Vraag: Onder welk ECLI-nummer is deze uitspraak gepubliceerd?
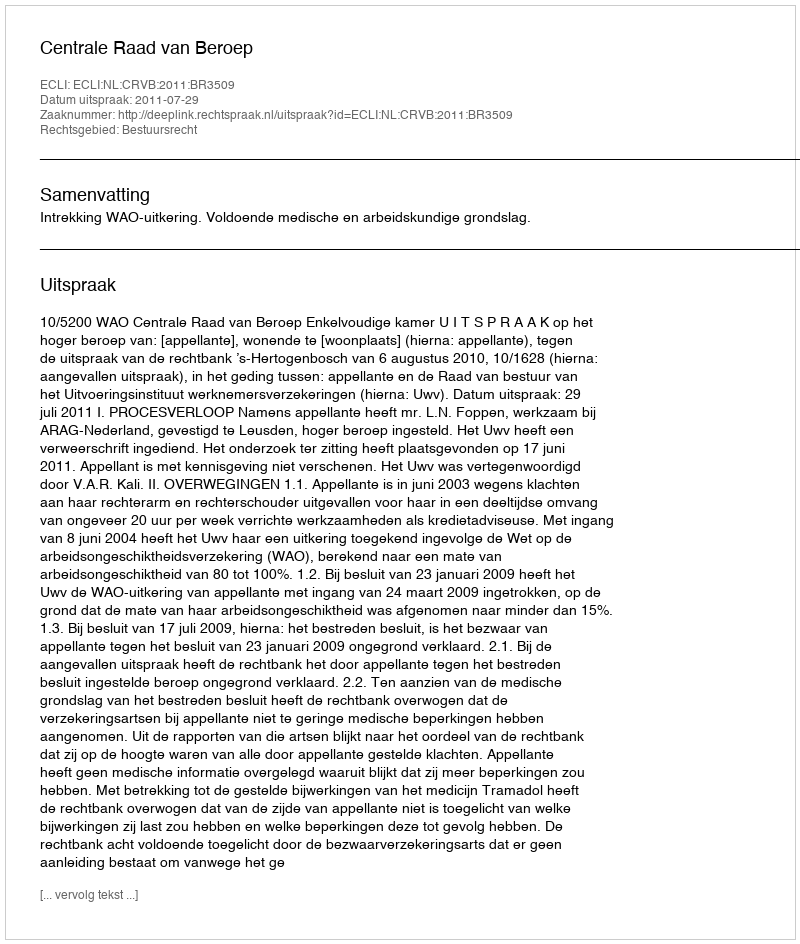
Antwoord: ECLI:NL:CRVB:2011:BR3509